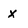
Character: x